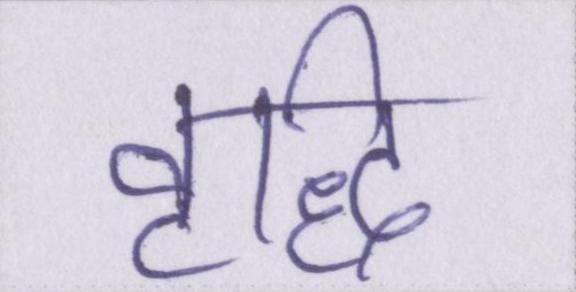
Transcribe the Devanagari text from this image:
वृद्धि